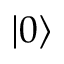
\left. \vert 0 \right\rangle